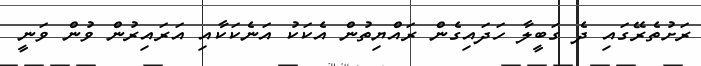
ރަށުތެރޭގައި ދެ ގަބީލާ ހަދައިގެން ރައްޔިތުން އެކަކު އަނެކަކާއި އަރައިރުން ވުން ވަނީ